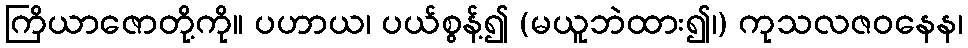
ကြိယာဇောတို့ကို။ ပဟာယ၊ ပယ်စွန့်၍ (မယူဘဲထား၍၊) ကုသလဇဝနေန၊